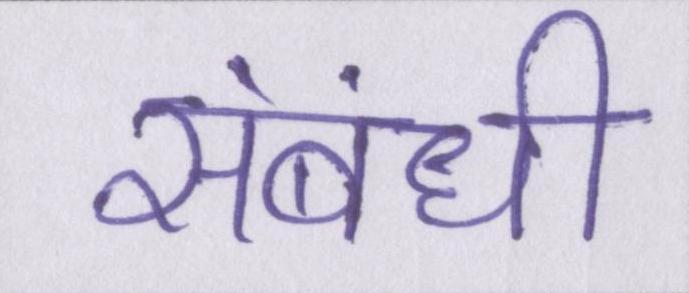
संबंधी